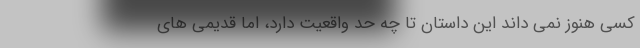
کسی هنوز نمی داند این داستان تا چه حد واقعیت دارد، اما قدیمی های